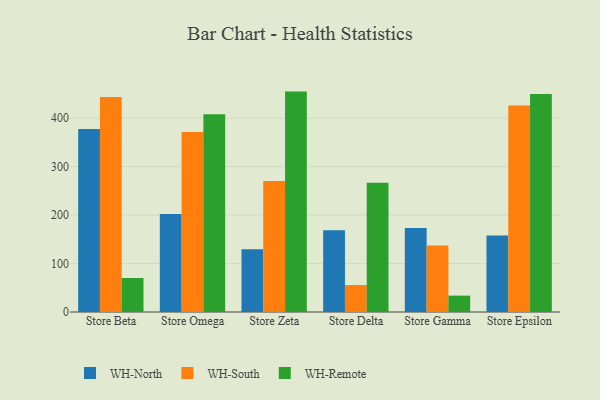
{"axis": {"x": "Store", "y": "Population (Million)"}, "legend": ["WH-North", "WH-Remote", "WH-South"], "data": [{"x": "Store Beta", "y": 377.5, "type": "WH-North"}, {"x": "Store Beta", "y": 443.4, "type": "WH-South"}, {"x": "Store Beta", "y": 70.2, "type": "WH-Remote"}, {"x": "Store Omega", "y": 202.0, "type": "WH-North"}, {"x": "Store Omega", "y": 371.1, "type": "WH-South"}, {"x": "Store Omega", "y": 408.1, "type": "WH-Remote"}, {"x": "Store Zeta", "y": 129.2, "type": "WH-North"}, {"x": "Store Zeta", "y": 270.5, "type": "WH-South"}, {"x": "Store Zeta", "y": 454.7, "type": "WH-Remote"}, {"x": "Store Delta", "y": 168.6, "type": "WH-North"}, {"x": "Store Delta", "y": 55.6, "type": "WH-South"}, {"x": "Store Delta", "y": 266.6, "type": "WH-Remote"}, {"x": "Store Gamma", "y": 173.4, "type": "WH-North"}, {"x": "Store Gamma", "y": 137.1, "type": "WH-South"}, {"x": "Store Gamma", "y": 33.8, "type": "WH-Remote"}, {"x": "Store Epsilon", "y": 157.7, "type": "WH-North"}, {"x": "Store Epsilon", "y": 426.0, "type": "WH-South"}, {"x": "Store Epsilon", "y": 450.0, "type": "WH-Remote"}]}